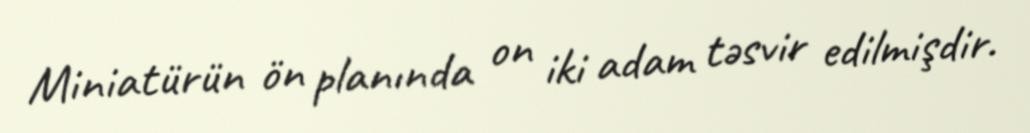
Miniatürün ön planında on iki adam təsvir edilmişdir.